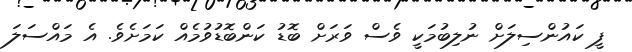
ފީ ކައުންސިލަަށް ނުލިބުމަކީ ވެސް ވަރަށް ބޮޑު ކަންބޮޑުވުމެއް ކަމަށެވެ. އެ މައްސަލަ